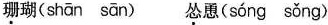
珊瑚(shān sān) 怂恿(sóng sǒng)